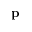
\mathbf { p }